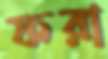
ফরা